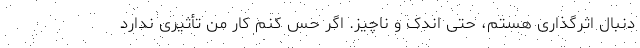
دنبال اثرگذاری هستم، حتی اندک و ناچیز. اگر حس کنم کار من تأثیری ندارد